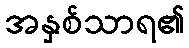
အနှစ်သာရ၏